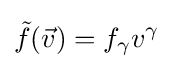
{\tilde {f}}({\vec {v}})=f_{\gamma }v^{\gamma }